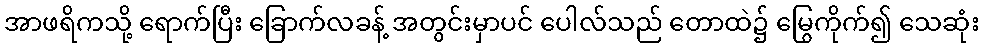
အာဖရိကသို့ ရောက်ပြီး ခြောက်လခန့် အတွင်းမှာပင် ပေါလ်သည် တောထဲ၌ မြွေကိုက်၍ သေဆုံး